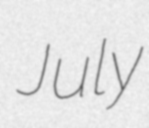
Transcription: July